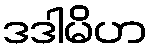
ဒဒါမိဟ